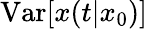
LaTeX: \mathrm{Var}[x(t|x_{0})]